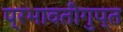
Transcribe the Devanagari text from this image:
प्रभावतीगुप्त